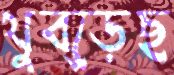
থুব্‌ড়েছ